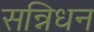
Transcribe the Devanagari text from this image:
सन्निधन